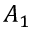
A _ { 1 }